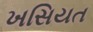
ખસિયત